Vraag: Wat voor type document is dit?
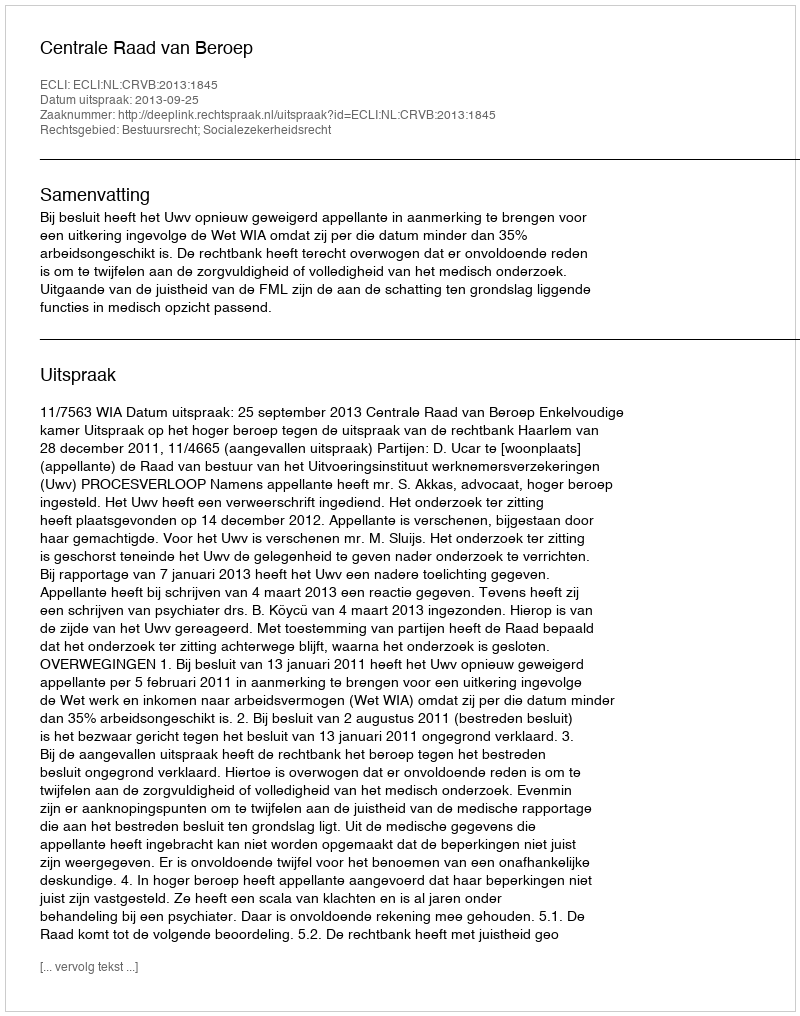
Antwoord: Uitspraak